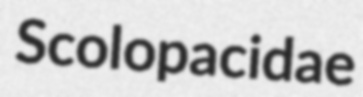
Scolopacidae